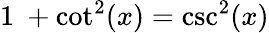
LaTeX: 1\ +\cot^{2}(x)=\csc^{2}(x)